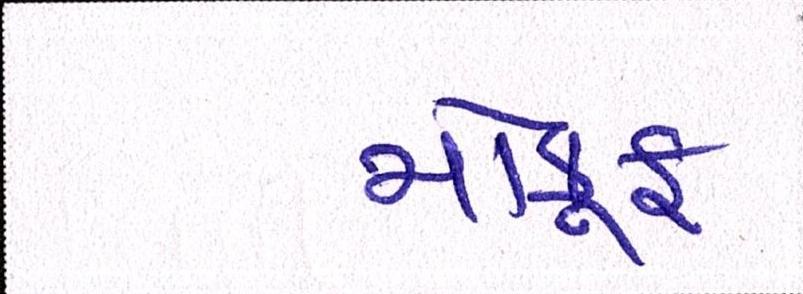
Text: મોકૂફ